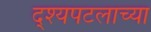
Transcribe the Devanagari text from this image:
द्श्यपटलाच्या